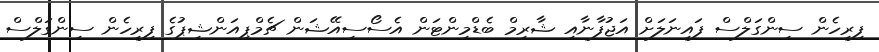
ފިރިހެން ސިންގަލްސް ފައިނަލަށް އަޖުފާނާއި ޝާރިމް ބެޑްމިންޓަން އެސޯސިއޭޝަން ޗެމްޕިއަންޝިޕުގެ ފިރިހެން ސިންގަލްސް